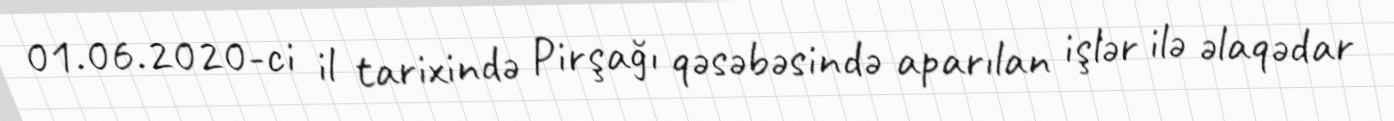
01.06.2020-ci il tarixində Pirşağı qəsəbəsində aparılan işlər ilə əlaqədar